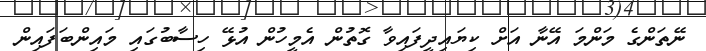
ނޭތަންގެ މަންމަ އޭނާ އަށް ކިޔައިދީފައިވާ ގޮތުން އެމީހުން އުޅޭ ހިސާބުގައި މައިންބަފައިން